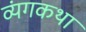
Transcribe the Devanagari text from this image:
व्यंगकथा